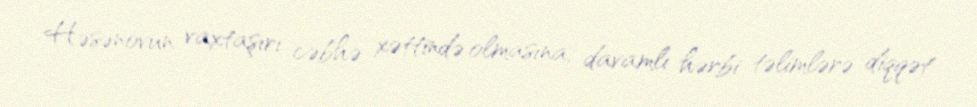
Həsənovun vaxtaşırı cəbhə xəttində olmasına, davamlı hərbi təlimlərə diqqət